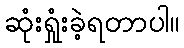
ဆုံးရှုံးခဲ့ရတာပါ။